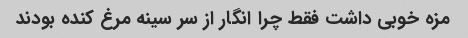
مزه خوبی داشت فقط چرا انگار از سر سینه مرغ کنده بودند